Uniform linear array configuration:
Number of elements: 4
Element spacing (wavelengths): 0.25
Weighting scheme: hann
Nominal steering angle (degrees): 45
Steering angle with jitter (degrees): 46.62
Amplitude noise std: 0.05
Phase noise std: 0.05

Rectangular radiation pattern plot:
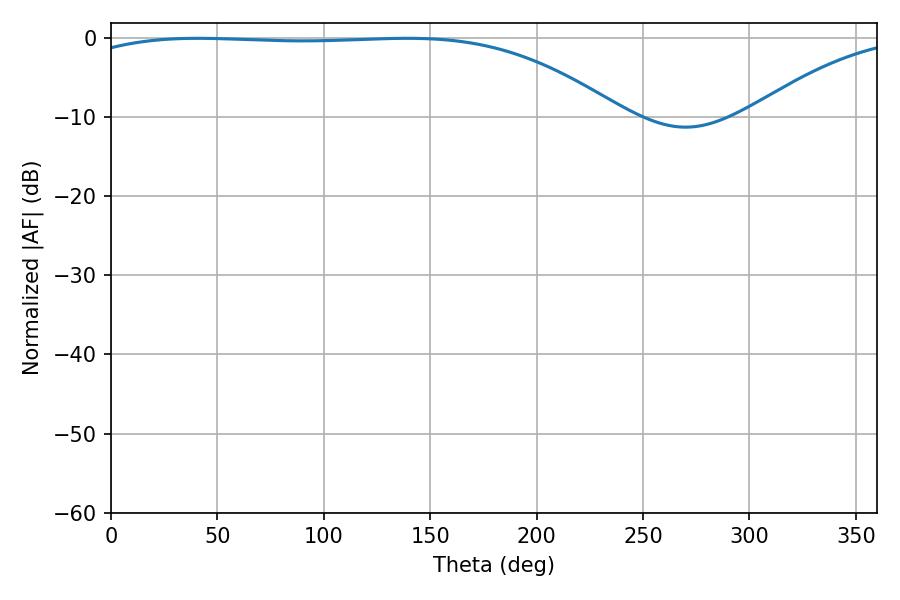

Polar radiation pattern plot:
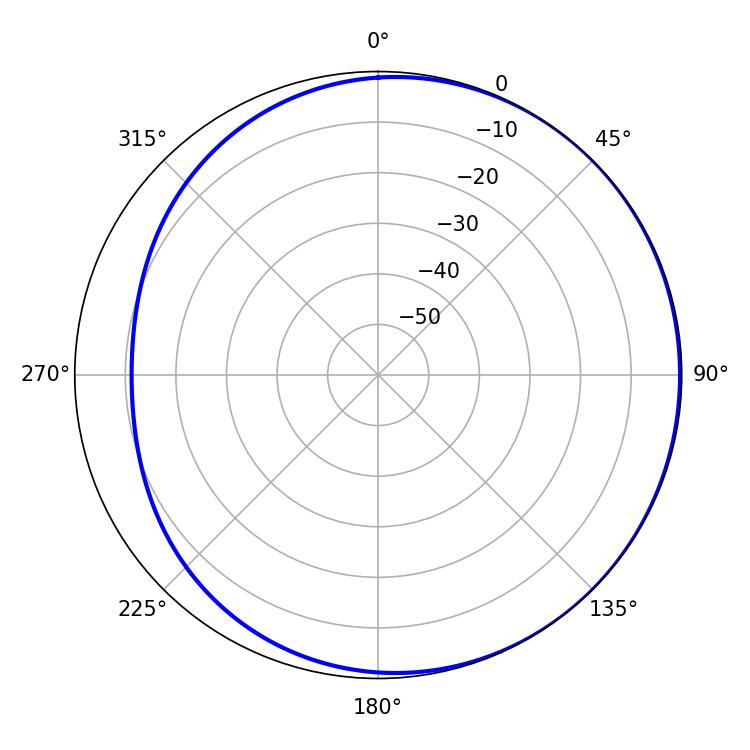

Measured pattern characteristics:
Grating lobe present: FALSE
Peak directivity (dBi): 1.195
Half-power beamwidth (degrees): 200.34
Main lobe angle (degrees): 40.86